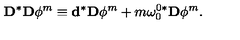
\mathbf { D } ^ { \ast } \mathbf { D } \phi ^ { m } \equiv \mathbf { d } ^ { \ast } \mathbf { D } \phi ^ { m } + m \mathbf { \omega } _ { 0 } ^ { 0 \ast } \mathbf { D } \phi ^ { m } .